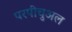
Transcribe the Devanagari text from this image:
परपीचुअल